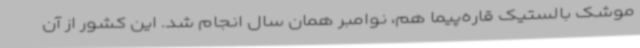
موشک بالستیک قاره‌پیما هم، نوامبر همان سال انجام شد. این کشور از آن